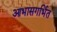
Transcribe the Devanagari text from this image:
आभासगर्भित